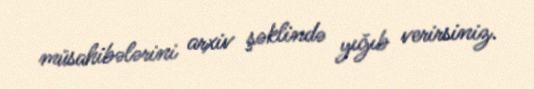
müsahibələrini arxiv şəklində yığıb verirsiniz.